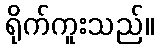
ရိုက်ကူးသည်။